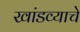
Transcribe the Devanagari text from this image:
खांडव्याचे